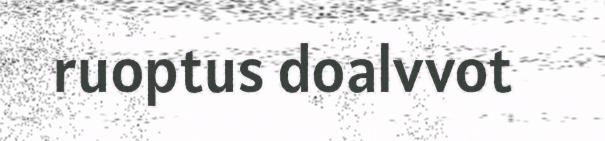
ruoptus doalvvot